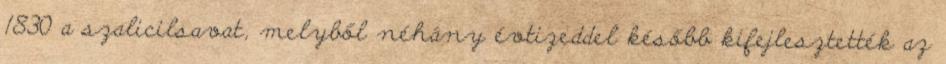
1830 a szalicilsavat, melyből néhány évtizeddel később kifejlesztették az